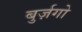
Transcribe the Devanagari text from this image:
बुर्ज़गो